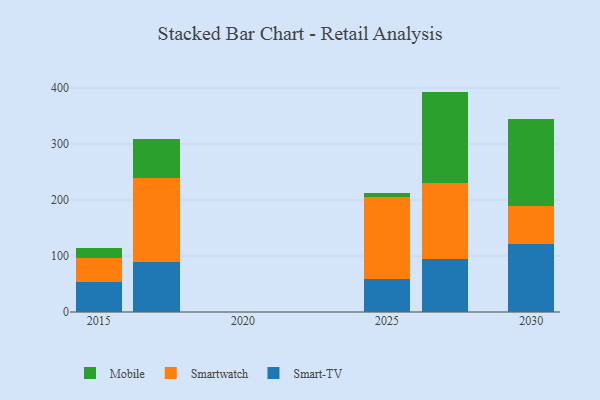
{"axis": {"x": "Year", "y": "Page Views"}, "legend": ["Mobile", "Smart-TV", "Smartwatch"], "data": [{"x": "2027", "y": 94.8, "type": "Smart-TV"}, {"x": "2027", "y": 136.0, "type": "Smartwatch"}, {"x": "2027", "y": 162.8, "type": "Mobile"}, {"x": "2017", "y": 89.3, "type": "Smart-TV"}, {"x": "2017", "y": 150.7, "type": "Smartwatch"}, {"x": "2017", "y": 68.4, "type": "Mobile"}, {"x": "2025", "y": 59.1, "type": "Smart-TV"}, {"x": "2025", "y": 147.0, "type": "Smartwatch"}, {"x": "2025", "y": 5.8, "type": "Mobile"}, {"x": "2030", "y": 120.8, "type": "Smart-TV"}, {"x": "2030", "y": 68.4, "type": "Smartwatch"}, {"x": "2030", "y": 156.1, "type": "Mobile"}, {"x": "2015", "y": 54.0, "type": "Smart-TV"}, {"x": "2015", "y": 42.3, "type": "Smartwatch"}, {"x": "2015", "y": 17.2, "type": "Mobile"}]}